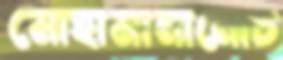
মোহামানানোচ